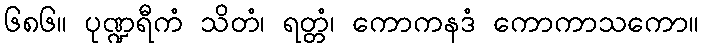
၆၈၆။ ပုဏ္ဍရီကံ သိတံ၊ ရတ္တံ၊ ကောကနဒံ ကောကာသကော။